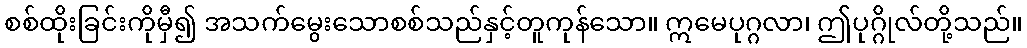
စစ်ထိုးခြင်းကိုမှီ၍ အသက်မွေးသောစစ်သည်နှင့်တူကုန်သော။ ဣမေပုဂ္ဂလာ၊ ဤပုဂ္ဂိုလ်တို့သည်။